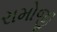
રામોજી